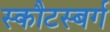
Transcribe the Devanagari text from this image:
स्कौटस्बर्ग